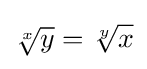
{\sqrt[{x}]{y}}={\sqrt[{y}]{x}}